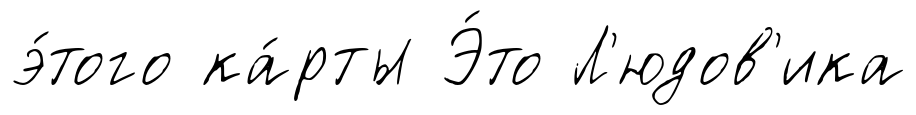
э́того ка́рты Э́то Л'юдов'ика